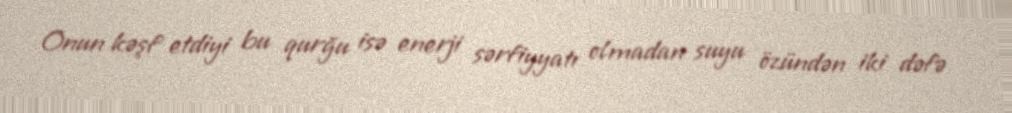
Onun kəşf etdiyi bu qurğu isə enerji sərfiyyatı olmadan suyu özündən iki dəfə